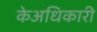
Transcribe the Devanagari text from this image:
केअधिकारी